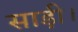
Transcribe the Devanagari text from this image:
साड़ी।